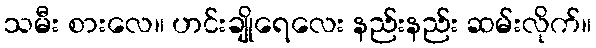
သမီး စားလေ။ ဟင်းချိုရေလေး နည်းနည်း ဆမ်းလိုက်။